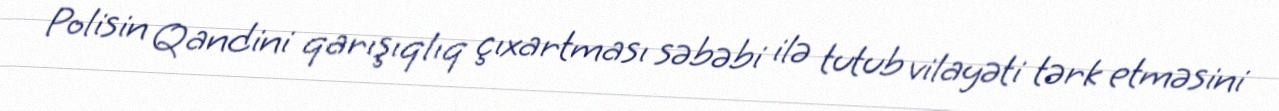
Polisin Qandini qarışıqlıq çıxartması səbəbi ilə tutub vilayəti tərk etməsini